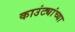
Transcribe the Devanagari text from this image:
काउंट्यांच्या